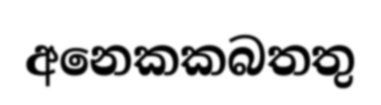
අනෙකකබතතු